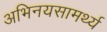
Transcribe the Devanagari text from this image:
अभिनयसामर्थ्य